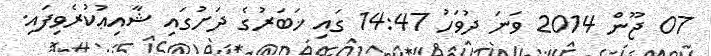
07 ޖޫން 2014 ވަނަ ދުވަހު 14:47 ގައި ޚަބަރުގެ ދަށުގައި ޝާއިޢުކުރެވިފައި.